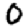
Digit: 0